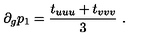
\partial _ { g } p _ { 1 } = { \frac { t _ { u u u } + t _ { v v v } } { 3 } } \ .